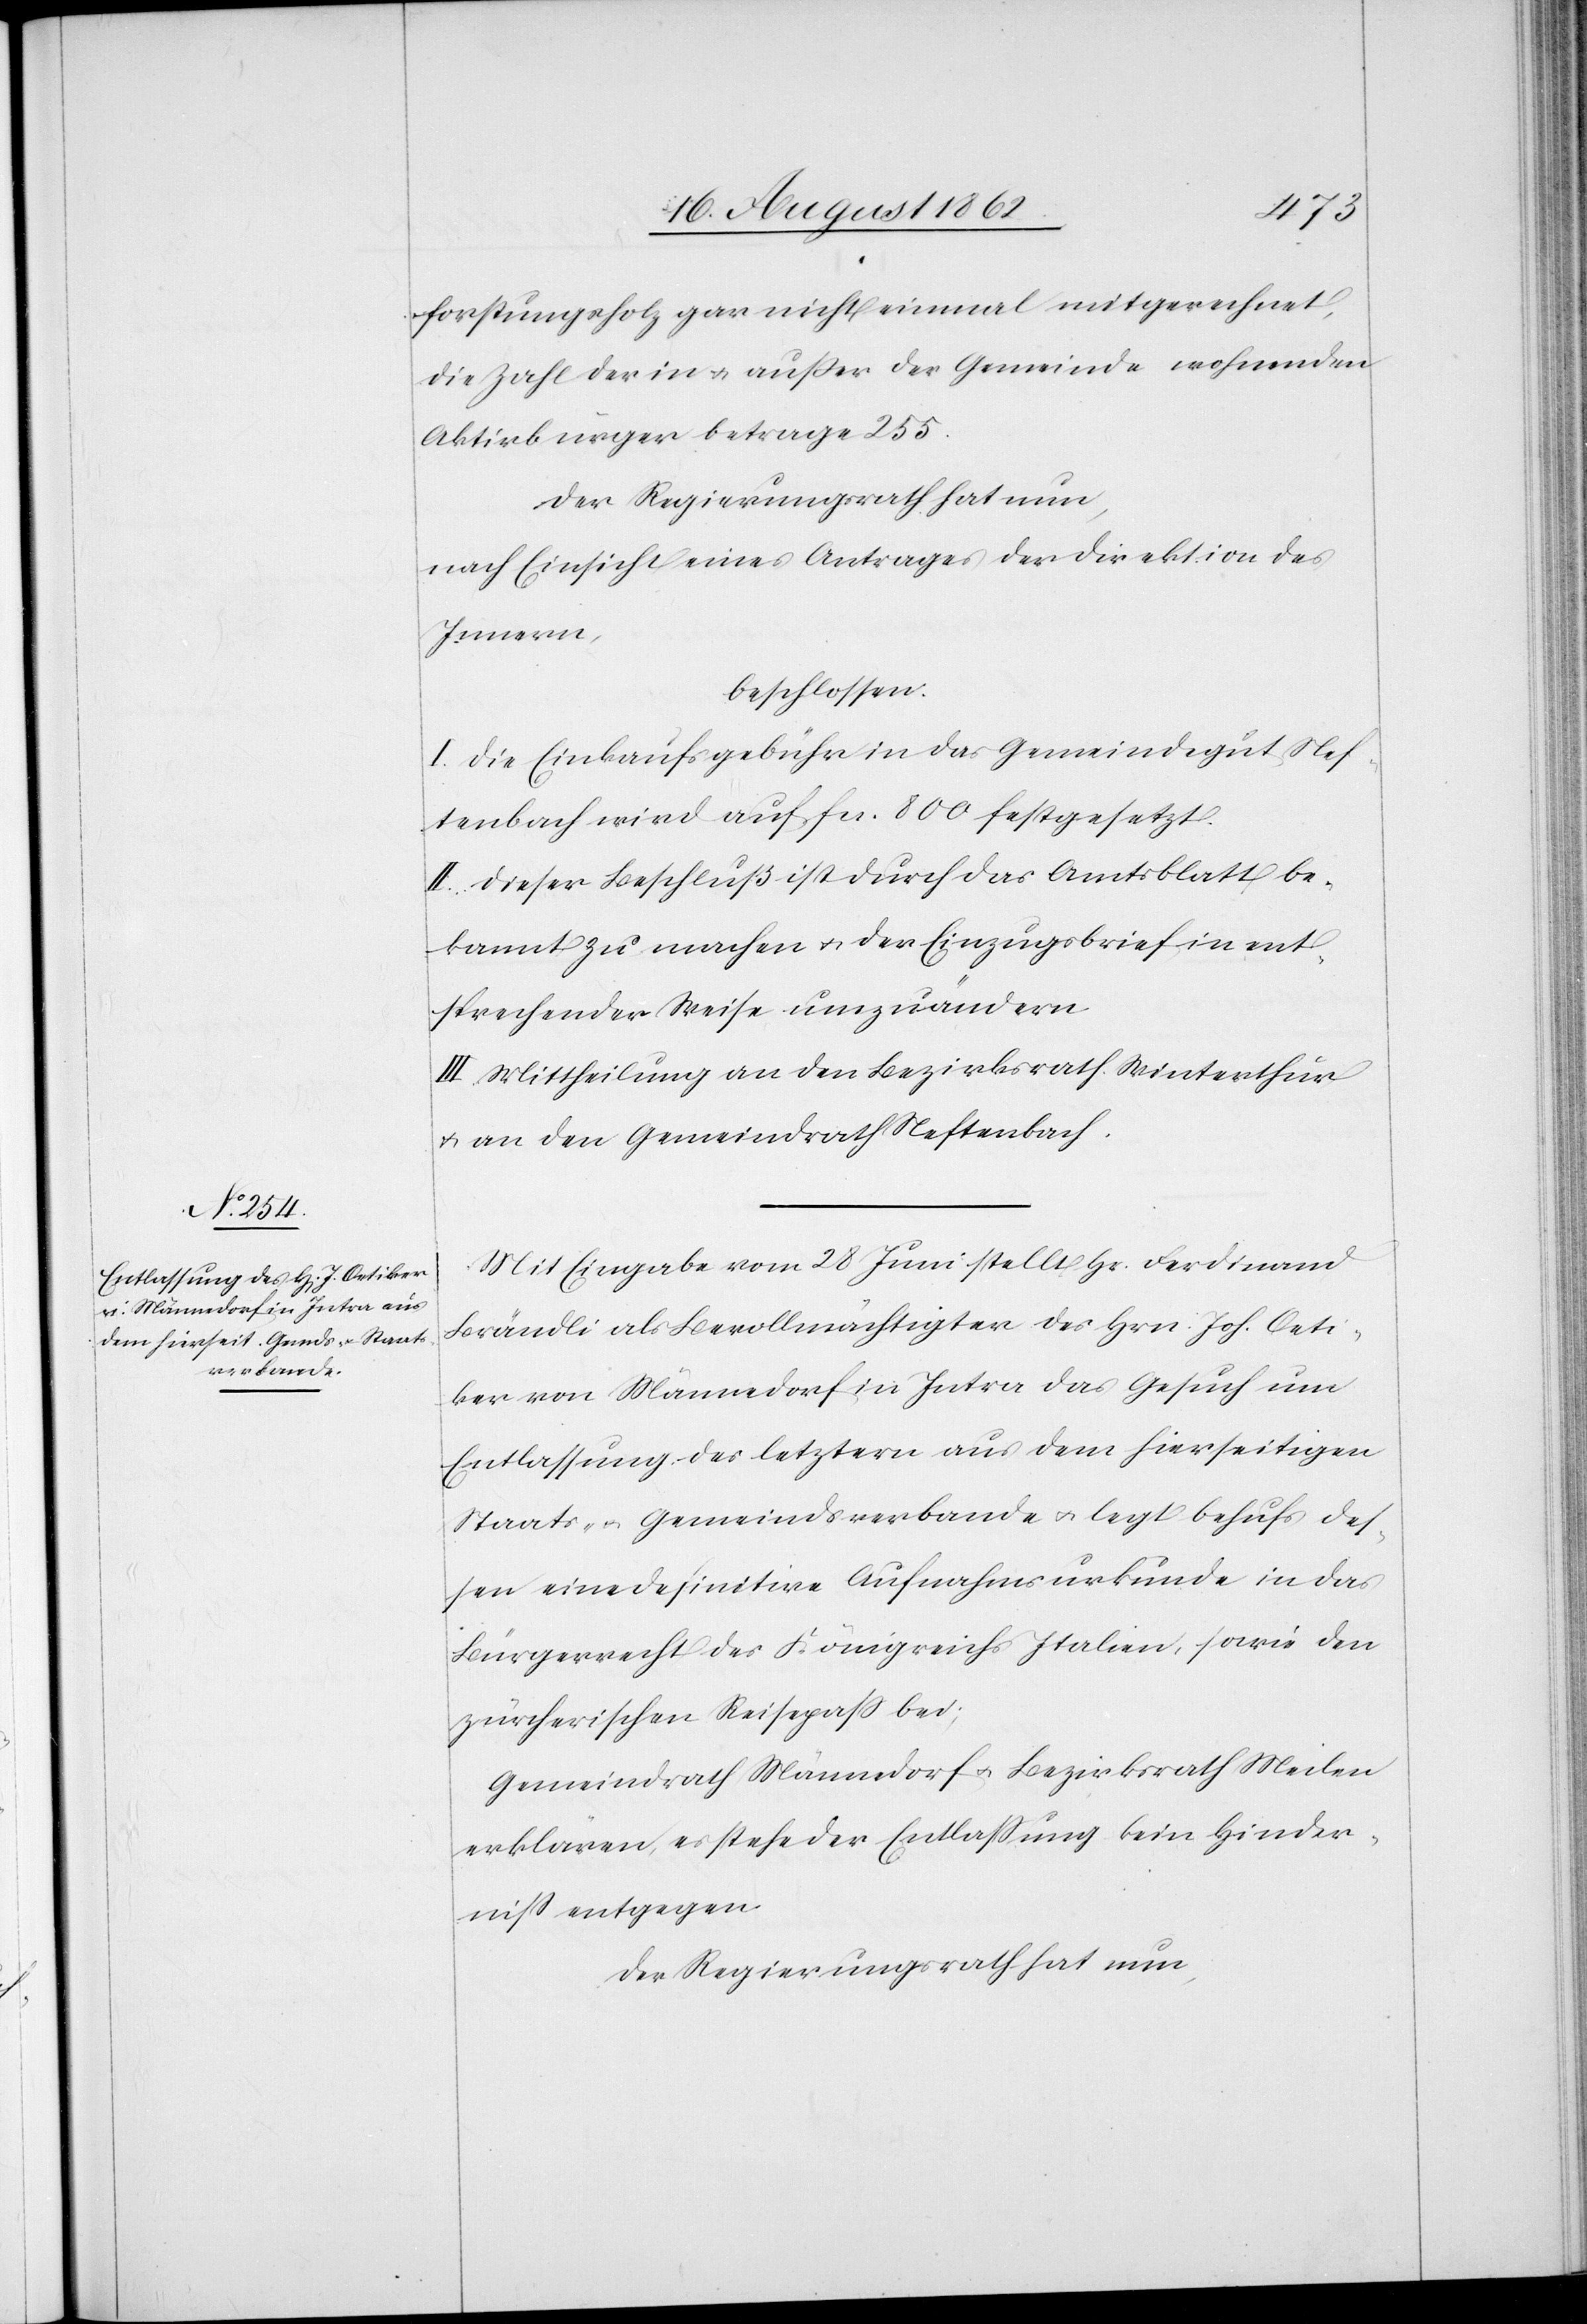
forstungsholz gar nicht einmal mitgerechnet,
die Zahl der in u. außer der Gemeinde wohnenden
Aktivbürger betrage 255.
Der Regierungsrath hat nun,
nach Einsicht eines Antrages der Direktion des
Innern,
beschlossen.
I. Die Einkaufsgebühr in das Gemeindegut Nef¬
tenbach wird auf fcs. 800 festgesetzt.
II. Dieser Beschluß ist durch das Amtsblatt be¬
kannt zu machen u. der Einzugsbrief in ent¬
sprechender Weise umzuändern.
III. Mittheilung an den Bezirksrath Winterthur
u. an den Gemeindrath Neftenbach.
Mit Eingabe vom 28. Juni stellt Hr. Ferdinand
Brändli als Bevollmächtigten des Hrn. Joh. Oeti¬
ker von Männedorf in Intra das Gesuch um
Entlassung des letztern aus dem hierseitigen
Staats- u. Gemeindsverbande u. legt behufs des¬
sen eine definitive Aufnahmsurkunde in das
Bürgerrecht des Königreichs Italien, sowie den
zürcherischen Reisepaß bei;
Gemeindrath Männedorf u. Bezirksrath Meilen
erklären, es stehe der Entlassung kein Hinder¬
niß entgegen[.]
Der Regierungsrath hat nun,